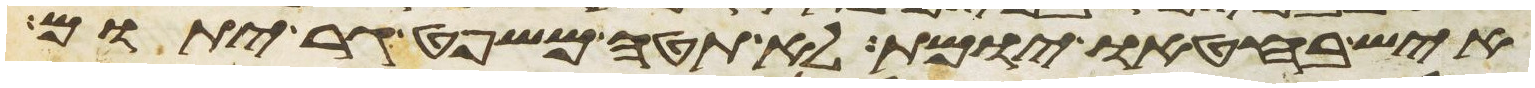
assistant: איש בחטאו יומת לא תטה משפט גר יתום